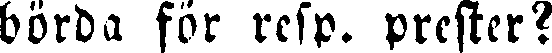
börda för resp. prester?